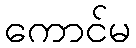
ကောင်မ